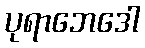
ပုရာဘေဒေါ